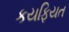
કયફિયત